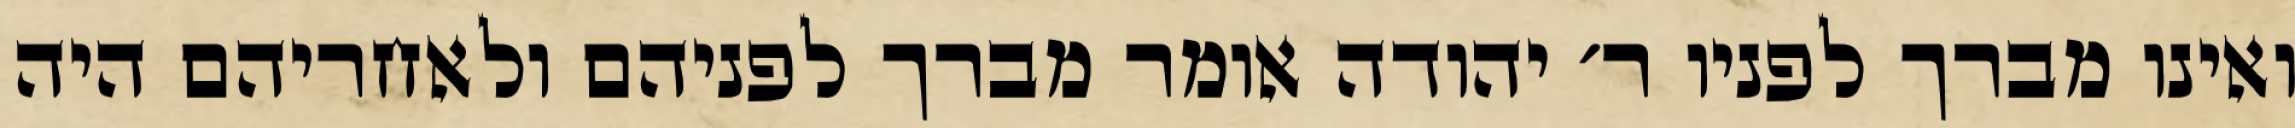
ואינו מברך לפניו ר׳ יהודה אומר מברך לפניהם ולאחריהם היה